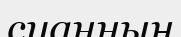
суанның